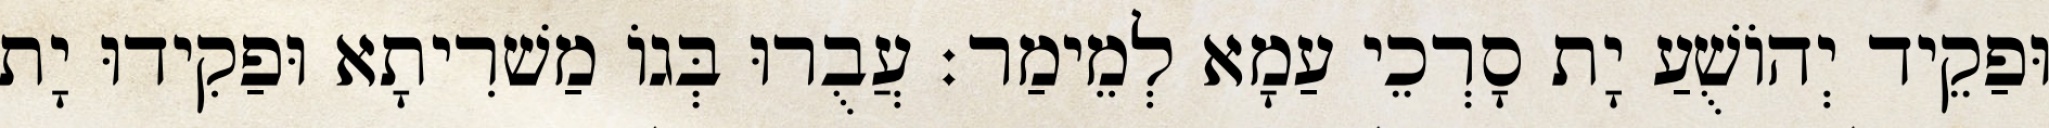
וּפַקֵיד יְהוֹשֻׁעַ יָת סָרְכֵי עַמָא לְמֵימַר׃ עֲבֻרוּ בְּגוֹ מַשׁרִיתָא וּפַקִידוּ יָת